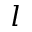
l